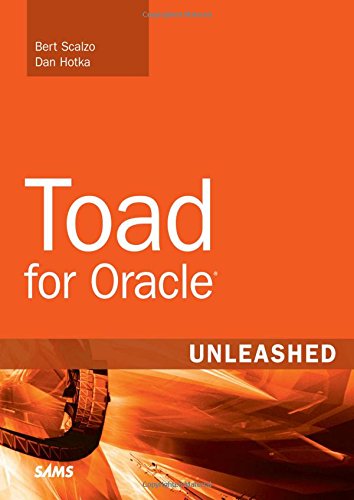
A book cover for Toad for Oracle Unleashed; Bert Scalzo; Computers & Technology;